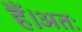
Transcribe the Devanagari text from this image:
हैं।अतः